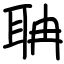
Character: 聃